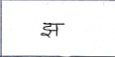
मजकूर: झ